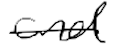
Text: and
Cross-out: single-line
Writing tool: digital_black